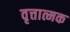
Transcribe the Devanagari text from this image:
वृत्तात्मक